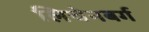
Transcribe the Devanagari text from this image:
लिचेनबर्ग